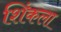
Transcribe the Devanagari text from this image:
शिंकला